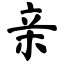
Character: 亲